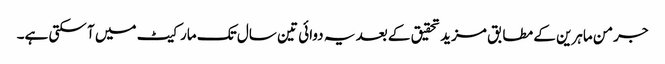
جرمن ماہرین کے مطابق مزید تحقیق کے بعد یہ دوائی تین سال تک مارکیٹ میں آ سکتی ہے۔